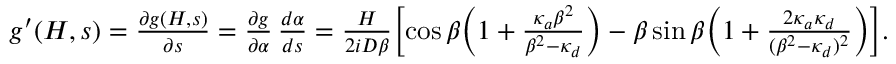
\begin{array} { r l } & { g ^ { \prime } ( H , s ) = \frac { \partial g ( H , s ) } { \partial s } = \frac { \partial g } { \partial \alpha } \, \frac { d \alpha } { d s } = \frac { H } { 2 i D \beta } \biggl [ \cos \beta \biggl ( 1 + \frac { \kappa _ { a } \beta ^ { 2 } } { \beta ^ { 2 } - \kappa _ { d } } \biggr ) - \beta \sin \beta \biggl ( 1 + \frac { 2 \kappa _ { a } \kappa _ { d } } { ( \beta ^ { 2 } - \kappa _ { d } ) ^ { 2 } } \biggr ) \biggr ] . } \end{array}